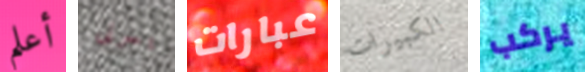
أعلم يسرنى عبارات الكبيرات يركب